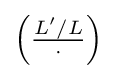
\left({\tfrac {L'/L}{\cdot }}\right)